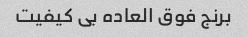
برنج فوق العاده بی کیفیت